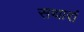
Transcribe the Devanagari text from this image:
सथारां